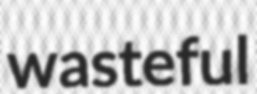
wasteful